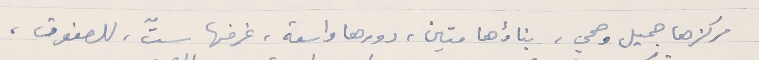
مركزها جميل وصحي، بناؤها متين، دورها واسعة، غرفها ستّ، للصفوف،